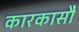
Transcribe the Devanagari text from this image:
कारकासौं